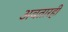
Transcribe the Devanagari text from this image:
अवतारही